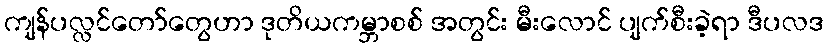
ကျန်ပလ္လင်တော်တွေဟာ ဒုတိယကမ္ဘာစစ် အတွင်း မီးလောင် ပျက်စီးခဲ့ရာ ဒီပလဒ